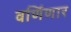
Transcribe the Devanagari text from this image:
वर्णिणार